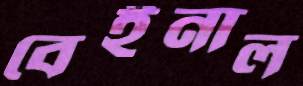
বেইনাল